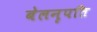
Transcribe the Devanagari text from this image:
बेलनृपति